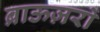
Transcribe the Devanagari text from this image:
ब्राऊज़रों